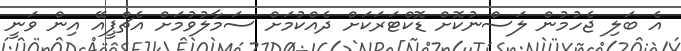
އެ ބަލި ޖެހުމުން ލަސްނުކޮށް ޑޮކްޓަރަކަށް ދެއްކުމަށް ސަމާލުވުމަށް އެޗްޕީއޭ އިން ވަނީ